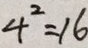
4 ^ { 2 } = 1 6